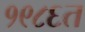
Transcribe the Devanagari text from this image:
१९८६त